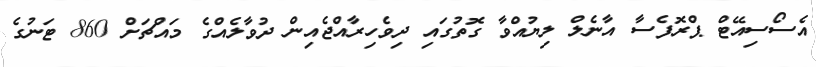
އެސޯސިއޭޓް ޕްރޮފެސާ އާނެލް ލިޔުއްވާ ގޮތުގައި ދިވެހިރާއްޖެއިން ދުވާލެއްގެ މައްޗަށް 860 ޓަނުގެ